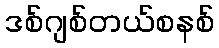
ဒစ်ဂျစ်တယ်စနစ်